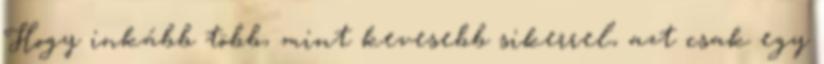
Hogy inkább több, mint kevesebb sikerrel, azt csak egy